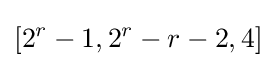
[2^{r}-1,2^{r}-r-2,4]